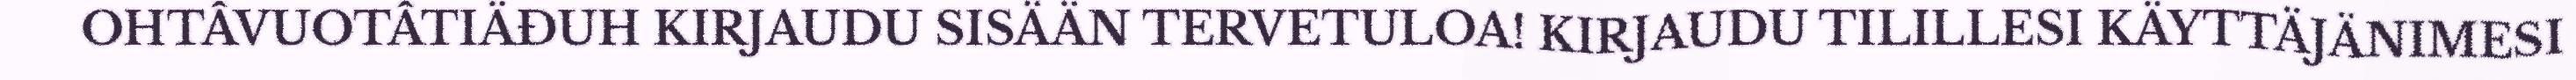
OHTÂVUOTÂTIÄĐUH KIRJAUDU SISÄÄN TERVETULOA! KIRJAUDU TILILLESI KÄYTTÄJÄNIMESI